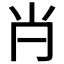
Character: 𡭙